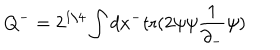
LaTeX: Q ^ { - } = 2 ^ { 1 / 4 } \int d x ^ { - } \mathrm { t r } ( 2 \psi \psi \frac { 1 } { \partial _ { - } } \psi )